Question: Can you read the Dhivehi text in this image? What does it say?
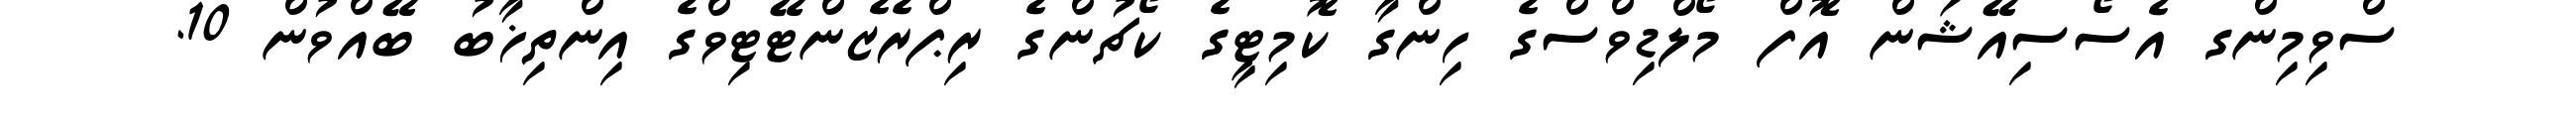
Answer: ސްވިމިންގ އެސޯސިއޭޝަން އޮފް މޯލްޑިވްސްގެ ހިންގާ ކޮމިޓީގެ ކޯޗުންގެ ރިޕްރެޒެންޓޭޓިވްގެ އިންތިޚާބު ބޭއްވުން 10.